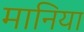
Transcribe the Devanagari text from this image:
मानिया